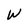
Character: W